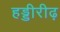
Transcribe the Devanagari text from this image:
हड्डीरीढ़